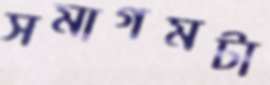
সমাগমটা